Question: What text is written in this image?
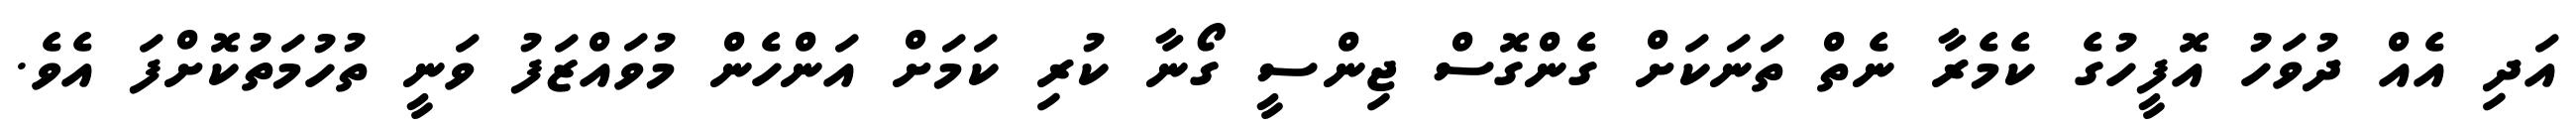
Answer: އަދި އެއް ދުވަހު އޮފީހުގެ ކެމެރާ ނެތް ތަނަކަށް ގެންގޮސް ޖިންސީ ގޯނާ ކުރި ކަމަށް އަންހެން މުވައްޒަފު ވަނީ ތުހުމަތުކޮށްފަ އެވެ.